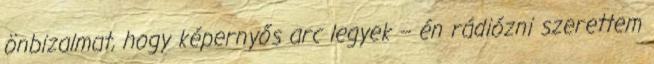
önbizalmat, hogy képernyős arc legyek – én rádiózni szerettem